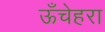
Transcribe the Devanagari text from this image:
ऊँचेहरा